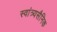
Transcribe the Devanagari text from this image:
स्वांत्र्यसैनिक